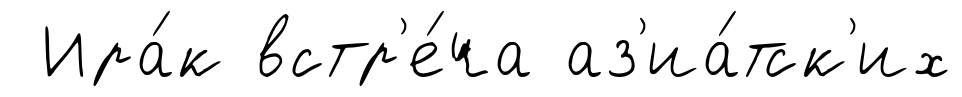
Ира́к встр'е́ча аз'иа́тск'их